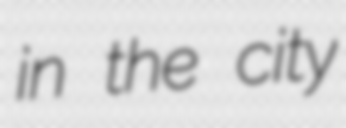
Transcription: in the city